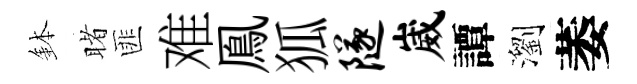
鉢睹匪难鳯狐隧崴譚瀏萎